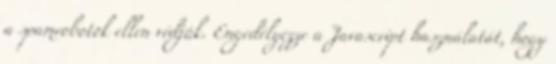
a spamrobotok ellen védjük. Engedélyezze a Javascript használatát, hogy